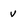
Character: v